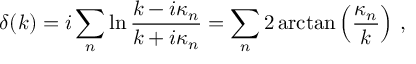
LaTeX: \delta ( k ) = i \sum _ { n } \ln \frac { k - i \kappa _ { n } } { k + i \kappa _ { n } } = \sum _ { n } 2 \arctan \left( \frac { \kappa _ { n } } k \right) \, ,